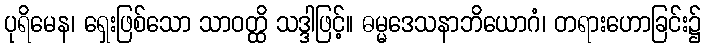
ပုရိမေန၊ ရှေးဖြစ်သော သာဝတ္ထိ သဒ္ဒါဖြင့်။ ဓမ္မဒေသနာဘိယောဂံ၊ တရားဟောခြင်း၌